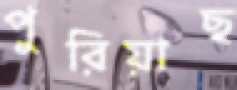
পুরিয়াছ